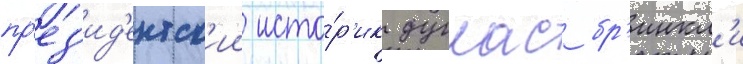
пр'ез'ид'ентск'ии исто́р'ик дуглас бр'инкл'и